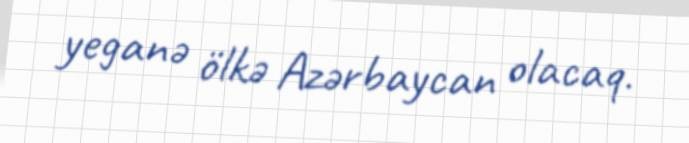
yeganə ölkə Azərbaycan olacaq.